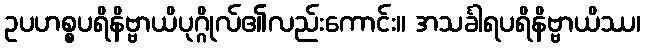
ဥပဟစ္စပရိနိဗ္ဗာယိပုဂ္ဂိုလ်၏လည်းကောင်း။ အသင်္ခါရပရိနိဗ္ဗာယိဿ၊